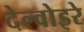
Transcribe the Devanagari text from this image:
देल्वोइरे